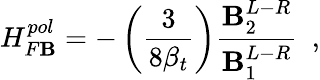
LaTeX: H_{F\mathbf{B}}^{pol}=-\left({\frac{{3}}{{8\beta_{t}}}}\right){\frac{{\mathbf{B}_{2}^{L-R}}}{{\mathbf{B}_{1}^{L-R}}}}\ \ ,